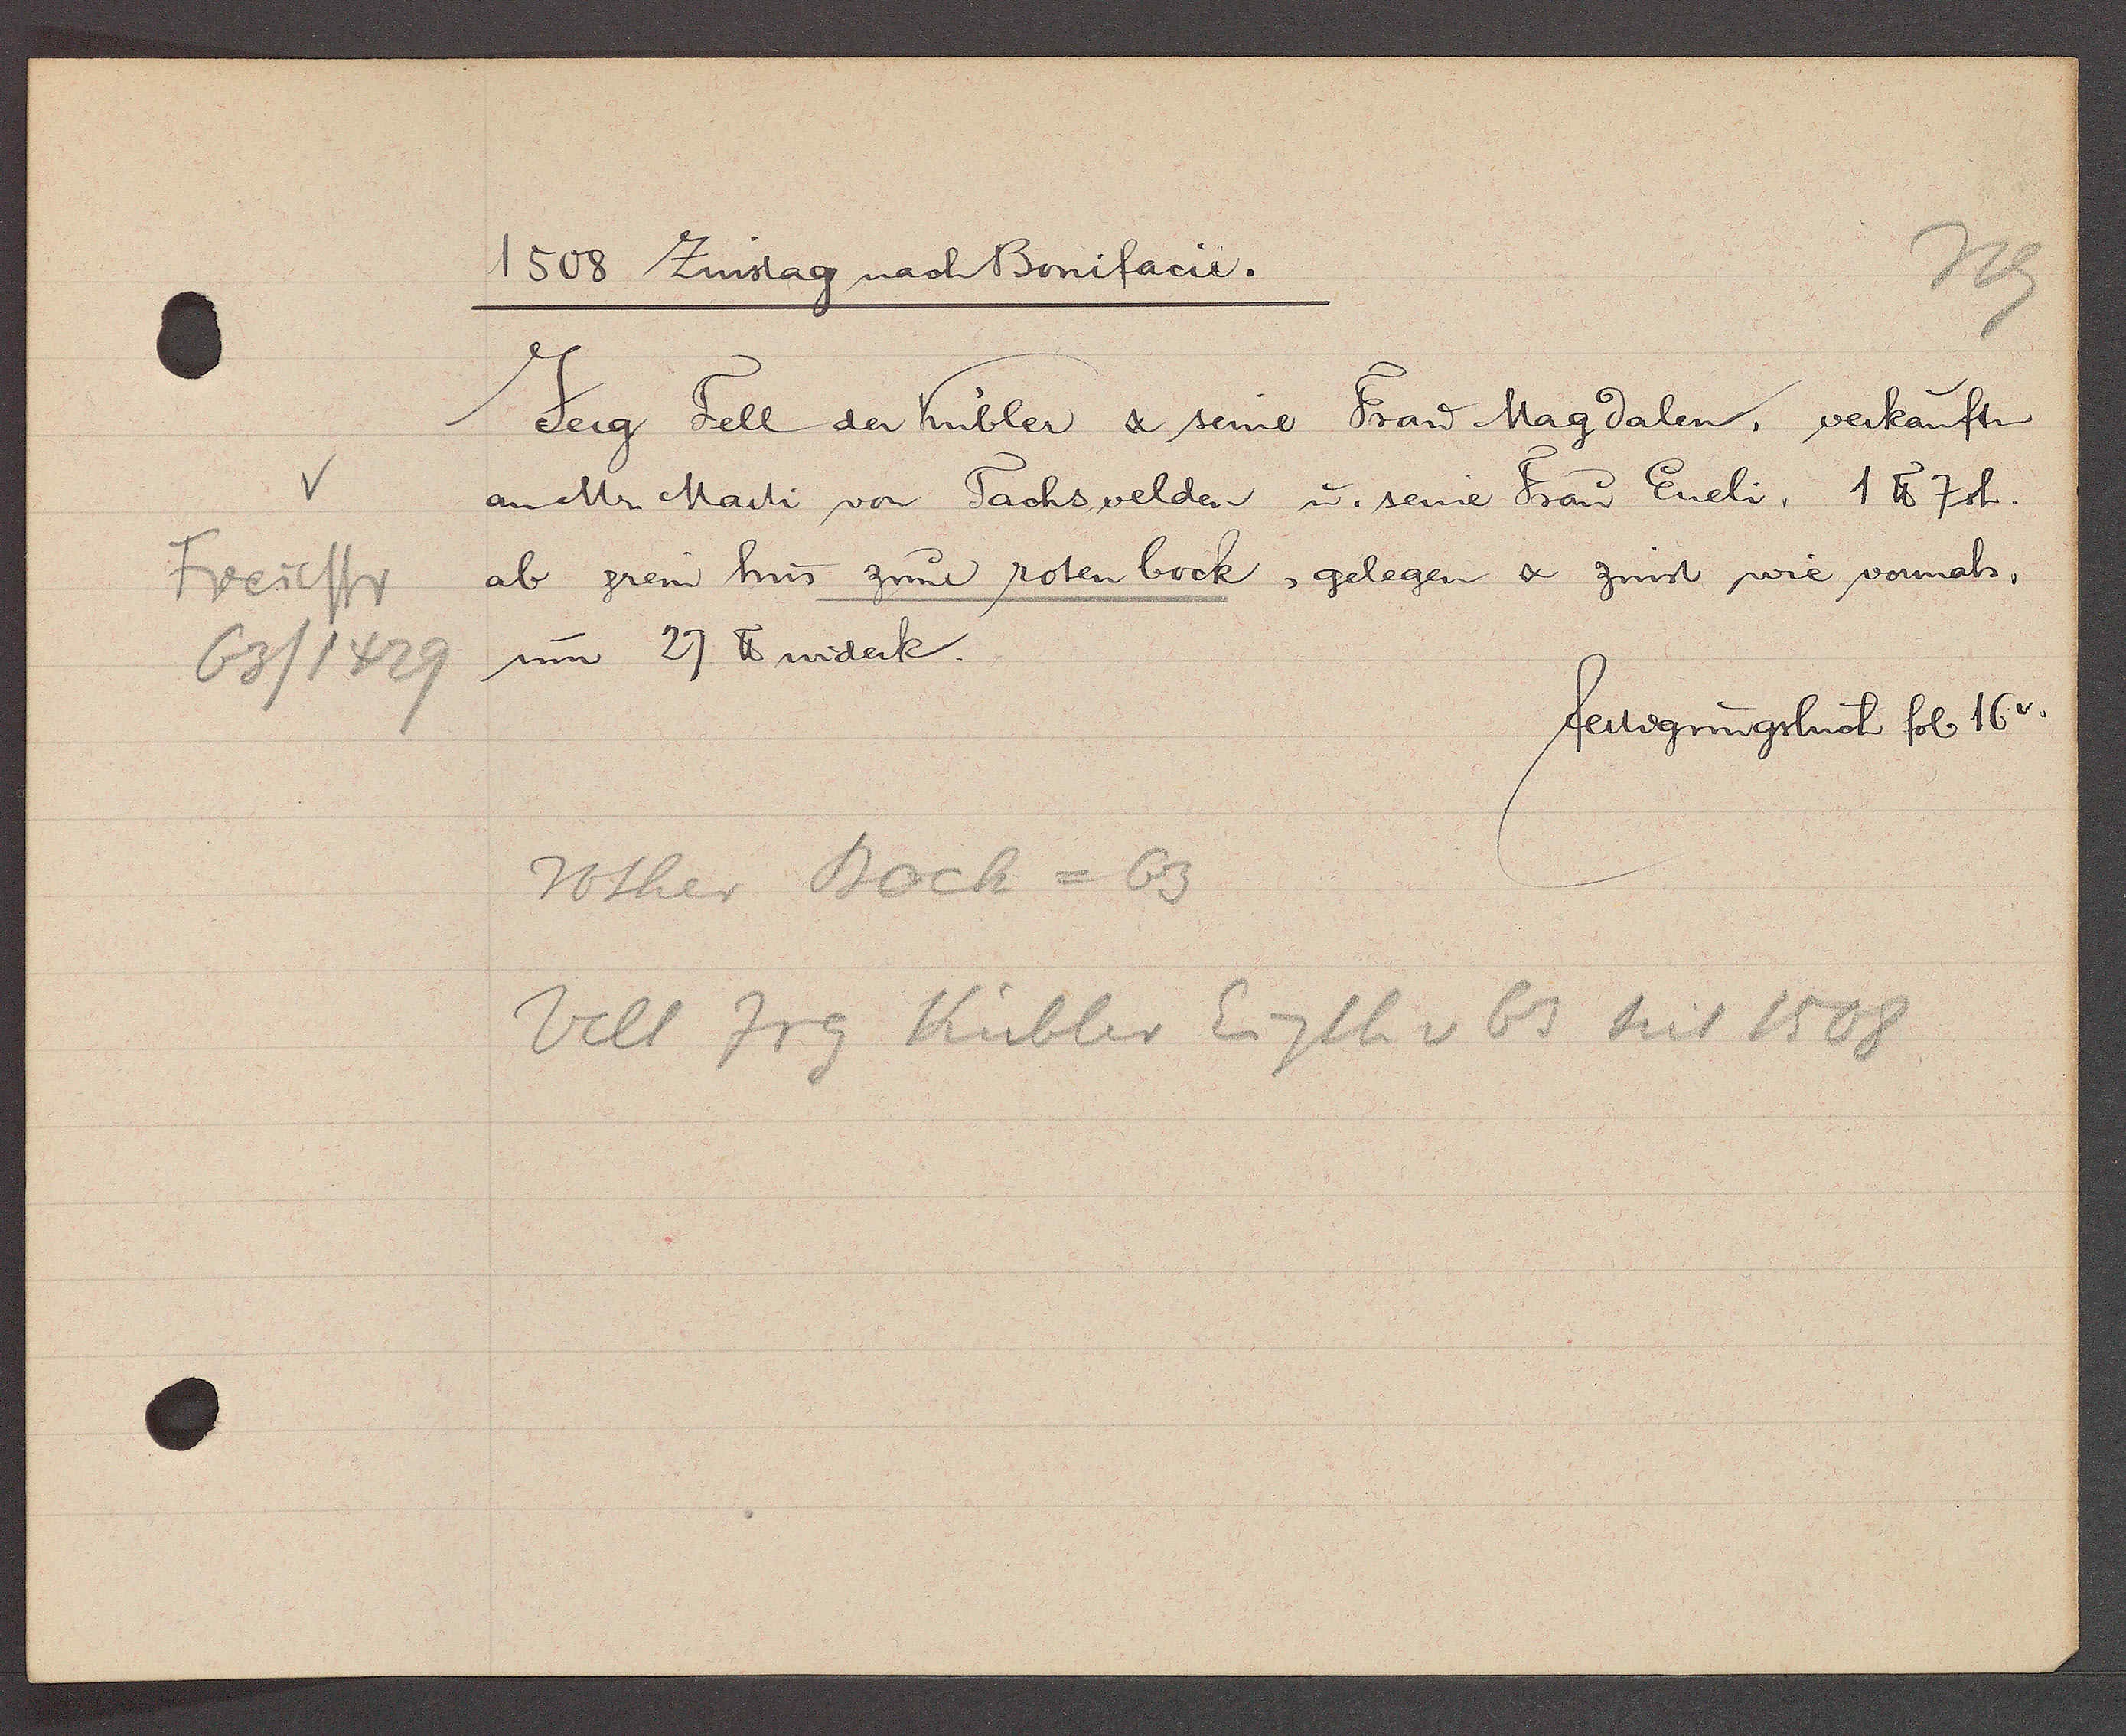
Transcript:
Freiestr
63/1429

1508 Zinstag nach Bonnifacic.

Jerg Fell der Kübler & seine Frau Magdalen, verkauften
an Mr Marti von Tachswelden u. seine Frau Eneli, 1 ℔ 7sh.
ab jrem hus zum roten bock, gelegen & zinst wie vormals,
um 27 ℔ widerk.

fertigungsbuch fol. 16v.

rother Bock = 63
Velt Jrg Kübler Eigth v 63 seit 1508